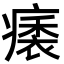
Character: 㿆